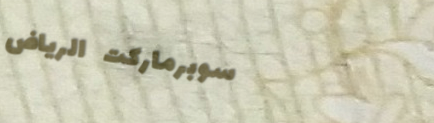
سوبرماركت الرياض